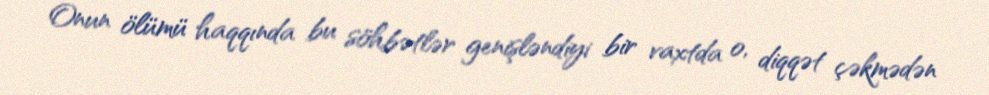
Onun ölümü haqqında bu söhbətlər genişləndiyi bir vaxtda o, diqqət çəkmədən